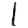
Digit: 1